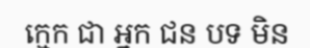
ក្មេក ជា អ្នក ជន បទ មិន